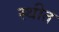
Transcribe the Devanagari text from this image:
स्‍थीत